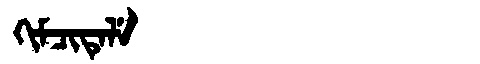
Manchu: ᡴᡳᠮᠴᡳᡨᡝᠯᡝ
Romanization: KIMCITELE